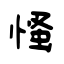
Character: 慅